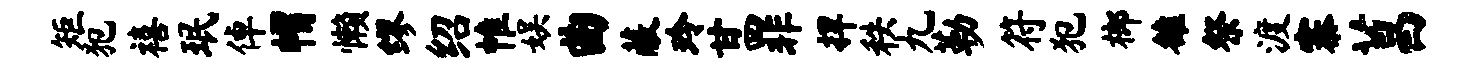
矩犯禧珉倬帽懒缪绍帷娱曲蔽玲甘罪捍秩九勒符犯榔雒祭渡寨菖